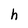
Character: h